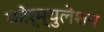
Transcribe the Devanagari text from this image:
फोर्म्युलेशन